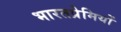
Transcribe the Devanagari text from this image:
भारतप्रेमियों